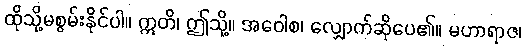
ထိုသို့မစွမ်းနိုင်ပါ။ ဣတိ၊ ဤသို့။ အဝေါစ၊ လျှောက်ဆိုပေ၏။ မဟာရာဇ၊